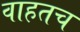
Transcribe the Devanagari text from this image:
वाहतच